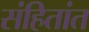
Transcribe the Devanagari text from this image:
संहितांत